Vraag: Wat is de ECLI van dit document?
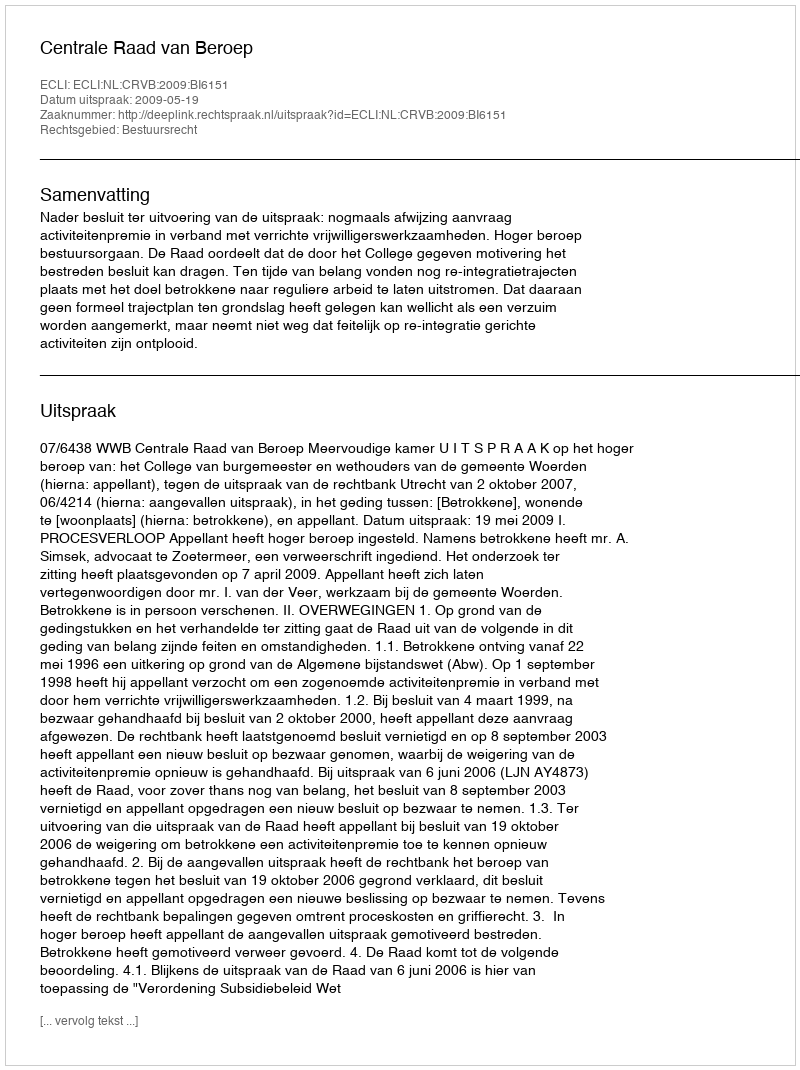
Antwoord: ECLI:NL:CRVB:2009:BI6151